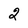
Character: 2